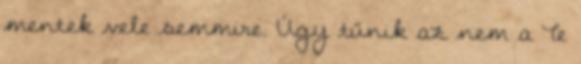
mentek vele semmire. Úgy tűnik az nem a Te